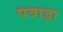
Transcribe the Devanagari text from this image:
पवाड़ा